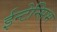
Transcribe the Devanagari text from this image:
ईन्टेन्सिभ